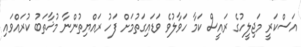
އަސްކަރީ މަޖިލީހުގެ ރައީސް ކަމާ ހަވާލުވެ ވަޑައިގަތުމަށް ފަހު ރައްޔިތުންނާ މުޚާތަބު ކުރައްވައި